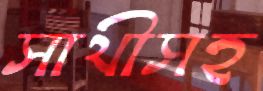
সাথীসহ